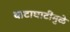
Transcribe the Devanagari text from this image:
वाटाघाटींमुळे